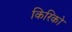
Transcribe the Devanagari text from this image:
किरिको